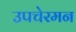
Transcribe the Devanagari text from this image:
उपचेरमन